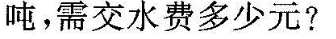
吨，需交水费多少元?